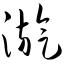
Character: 漩